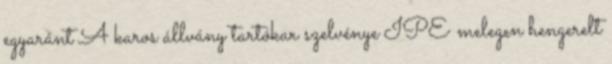
egyaránt A karos állvány tartókar szelvénye IPE melegen hengerelt